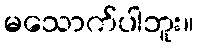
မသောက်ပါဘူး။